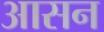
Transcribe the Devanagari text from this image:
अासन